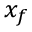
x _ { f }